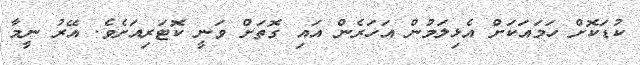
ކުޑަކޮށް ހަމައަކަށް އެޅިލަމުން އަހަރެން އައި ގޮތަށް ވަނީ ކޮޓަރިއަށެވެ. އޭރު ނީމާ